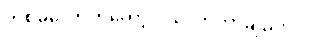
တစ်ခုလောက်တော့ ဝယ်လာတာချည်းပဲ။